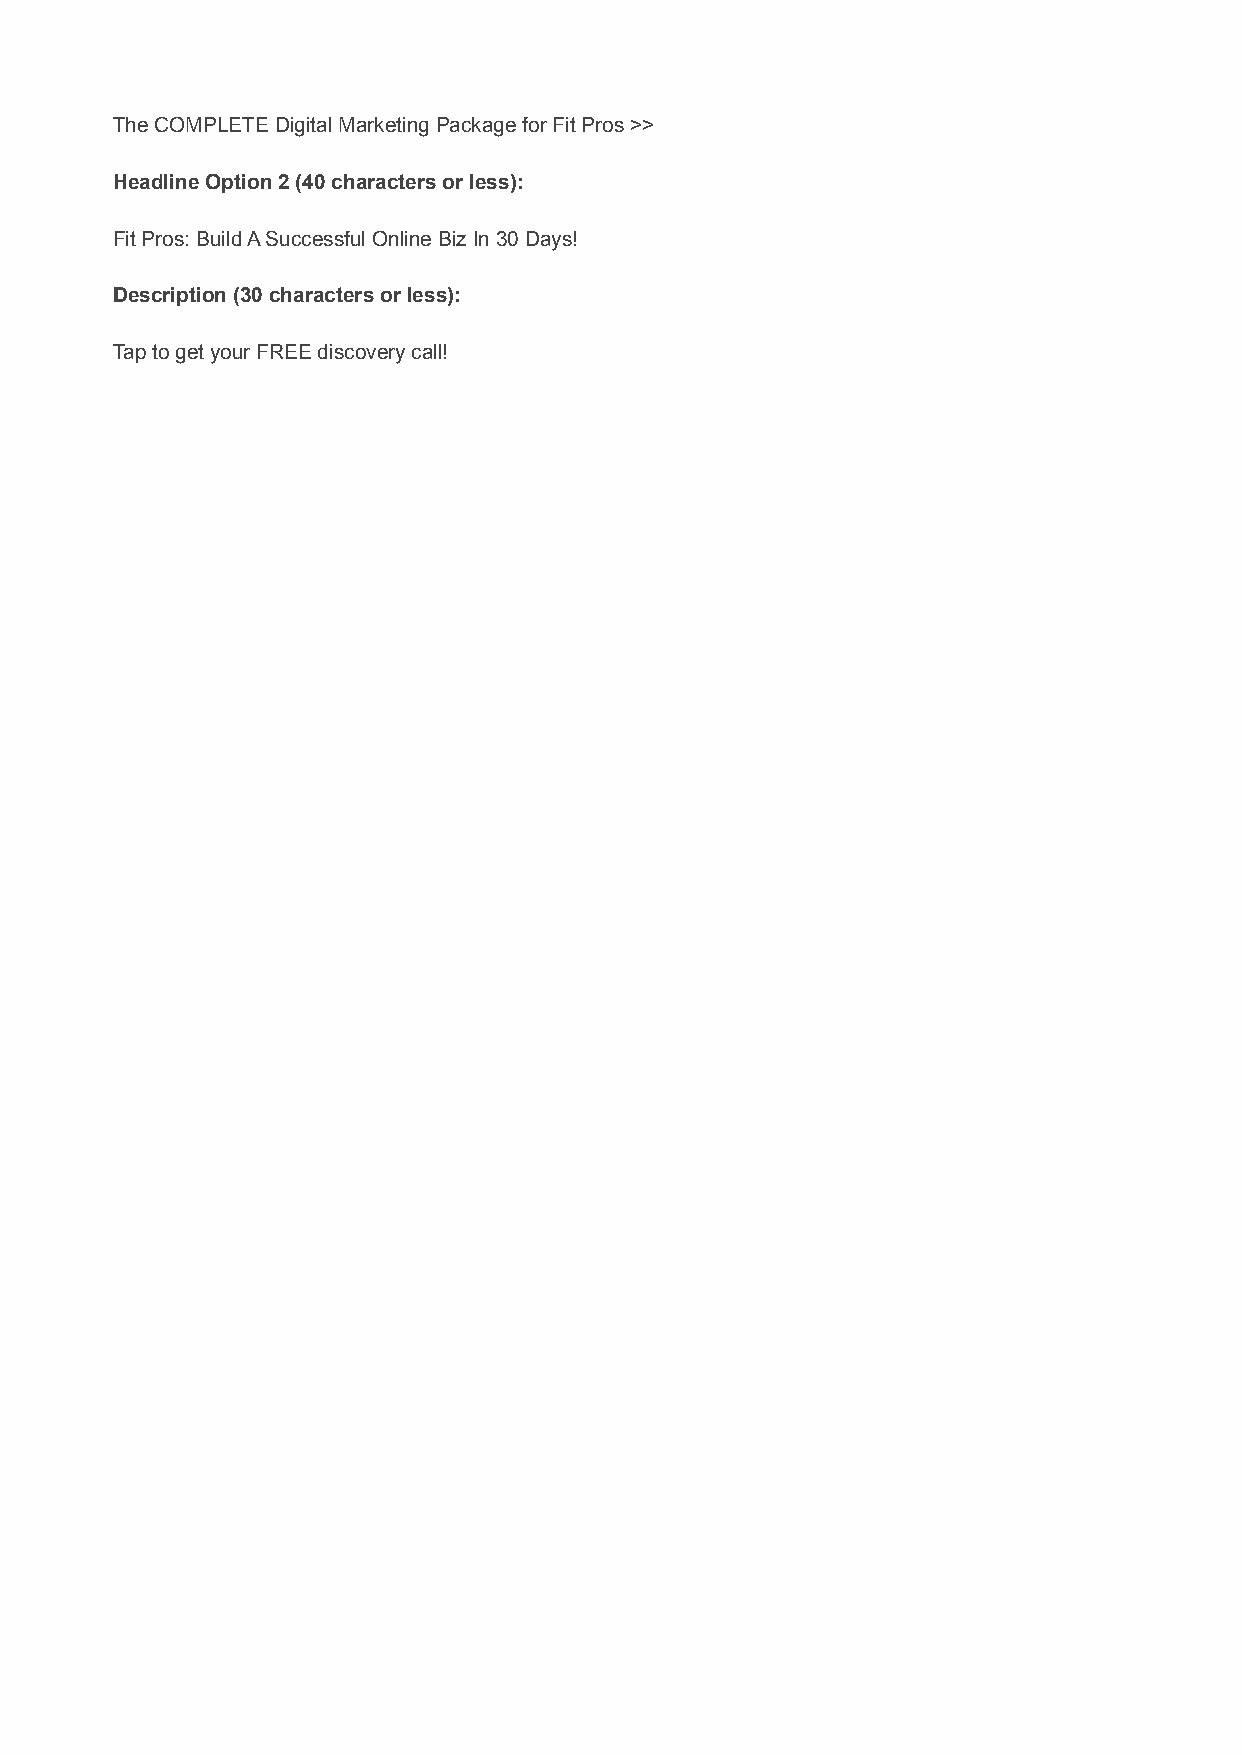
The COMPLETE Digital Marketing Package for Fit Pros >>
 Headline Option 2 (40 characters or less):
 Fit Pros: Build A Successful Online Biz In 30 Days!
 Description (30 characters or less):
 Tap to get your FREE discovery call!